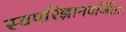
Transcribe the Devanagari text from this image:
स्वपरिज्ञानवर्जिताः